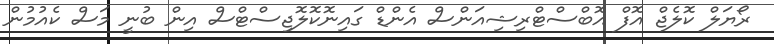
ރޯޔަލް ކޮލެޖް އޮފް އޮބްސްޓްރިޝިއަންސް އެންޑް ގައިނޮކޮލޮޖިސްޓްސް އިން ބުނީ މަސް ކެއުމުން